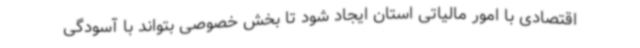
اقتصادی با امور مالیاتی استان ایجاد شود تا بخش خصوصی بتواند با آسودگی